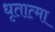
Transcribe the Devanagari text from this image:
धृतात्मा